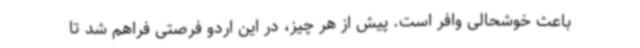
باعث خوشحالی وافر است. پیش از هر چیز، در این اردو فرصتی فراهم شد تا